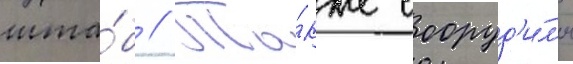
шта́б // Та́кже сооруд'и́л'и